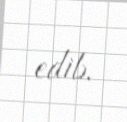
edib.